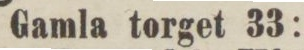
Gamla torget 33: